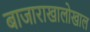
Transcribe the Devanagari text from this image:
बाजाराखालोखाल